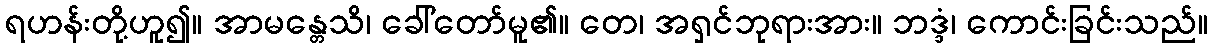
ရဟန်းတို့ဟူ၍။ အာမန္တေသိ၊ ခေါ်တော်မူ၏။ တေ၊ အရှင်ဘုရားအား။ ဘဒ္ဒံ၊ ကောင်းခြင်းသည်။